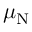
\mu _ { \mathrm { N } }